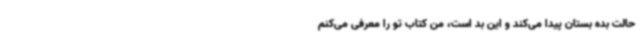
حالت بده بستان پیدا می‌کند و این بد است، من کتاب تو را معرفی می‌کنم